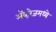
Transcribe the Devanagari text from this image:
ॲव्हरेजमध्ये